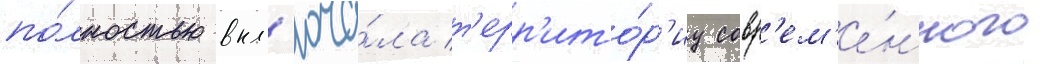
по́лностью вкл'юча́ла т'ерр'ито́р'иу совр'ем'е́нного